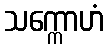
သက္ကောဟံ